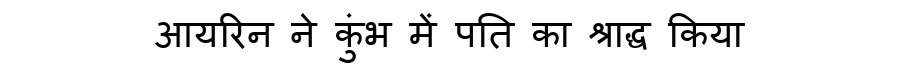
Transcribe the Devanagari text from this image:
आयरिन ने कुंभ में पति का श्राद्ध किया